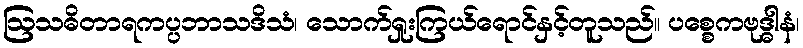
ဩသဓိတာရကပ္ပဘာသဒိသံ၊ သောက်ရှုးကြယ်ရောင်နှင့်တူသည်။ ပစ္စေကဗုဒ္ဓါနံ၊